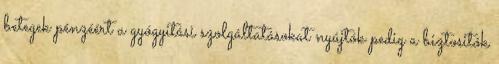
betegek pénzéért a gyógyitási szolgáltatásokat nyújtók pedig a biztositók